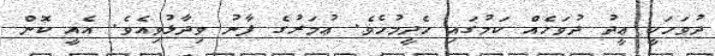
ދުވަހަކީ ޢީދު ދުވަހެއް ކަމުގައި ހެދީމުހެވެ. ޢުމަރުގެ ފާނު ވިދާޅުވިއެވެ. އެއީ ކޮން